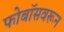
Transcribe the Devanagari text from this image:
फोबॉसवरून